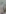
بن